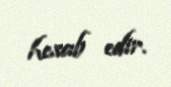
hesab edir.